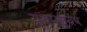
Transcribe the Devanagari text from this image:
यूथपस्येव